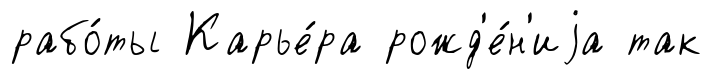
рабо́ты Карье́ра рожд'е́н'иjа так